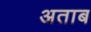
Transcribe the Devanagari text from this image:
अताब